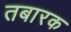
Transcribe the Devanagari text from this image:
तबारक